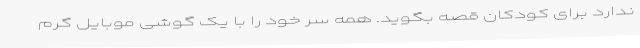
ندارد برای کودکان قصه بگوید. همه سر خود را با یک گوشی موبایل گرم